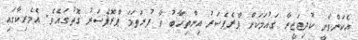
އެކަންވާނީ ކުދިޖަޒީރާ ގައުމަކަށް ޕްރެޕެސަރު އިންތިހާބު ވާ ފުރަތަމަ ޕްރޮފެސަރު ގޮތުގައެވެ. އެމެރިކާގައި